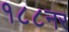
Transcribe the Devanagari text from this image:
१८८नर